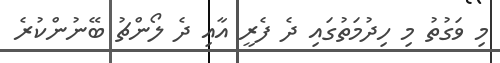
މި ވަގުތު މި ހިދުމަތުގައި ދެ ފެރީ އާއި ދެ ލޯންޗު ބޭނުންކުރެ